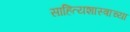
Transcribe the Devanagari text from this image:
साहित्यशास्त्राच्या